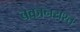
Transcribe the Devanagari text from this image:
बकानयश्त